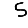
Digit: 5